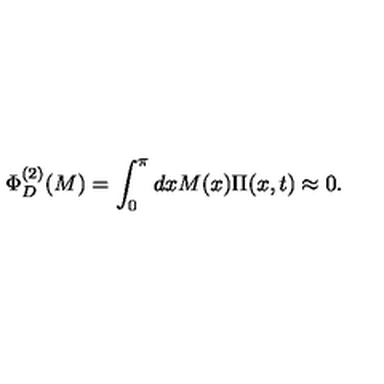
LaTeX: \Phi _ { D } ^ { ( 2 ) } ( M ) = \int _ { 0 } ^ { \pi } d x M ( x ) \Pi ( x , t ) \approx 0 .